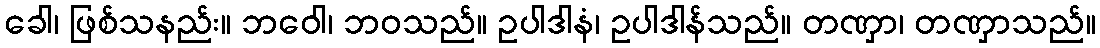
ခေါ၊ ဖြစ်သနည်း။ ဘဝေါ၊ ဘဝသည်။ ဥပါဒါနံ၊ ဥပါဒါန်သည်။ တဏှာ၊ တဏှာသည်။